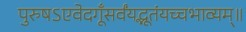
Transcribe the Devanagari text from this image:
पुरुषऽएवेदगूँसर्वंयद्भूतंयच्चभाव्यम्॥